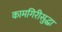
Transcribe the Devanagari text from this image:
कामगिरीसुद्धा